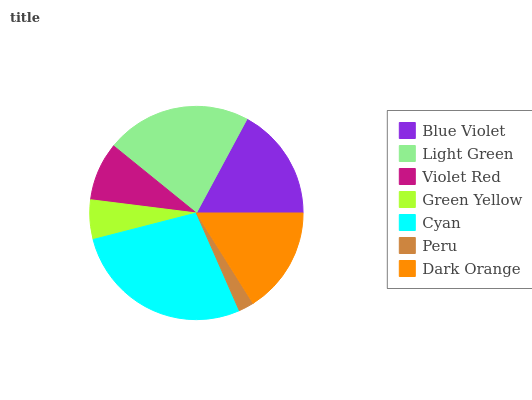
| Blue Violet | Light Green | Violet Red | Green Yellow | Cyan | Peru | Dark Orange |
 | --- | --- | --- | --- | --- | --- | --- |
 | 17.2% | 22% | 8.87% | 5.99% | 27.6% | 2.33% | 16.1% |